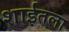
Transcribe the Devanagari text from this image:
शाईतला